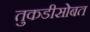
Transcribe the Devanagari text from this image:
तुकडीसोबत